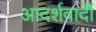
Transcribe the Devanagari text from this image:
आदर्शवादीें